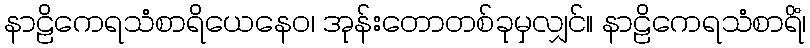
နာဠိကေရသံစာရိယေနေဝ၊ အုန်းတောတစ်ခုမှလျှင်။ နာဠိကေရသံစာရိံ၊